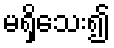
မရှိသေး၍